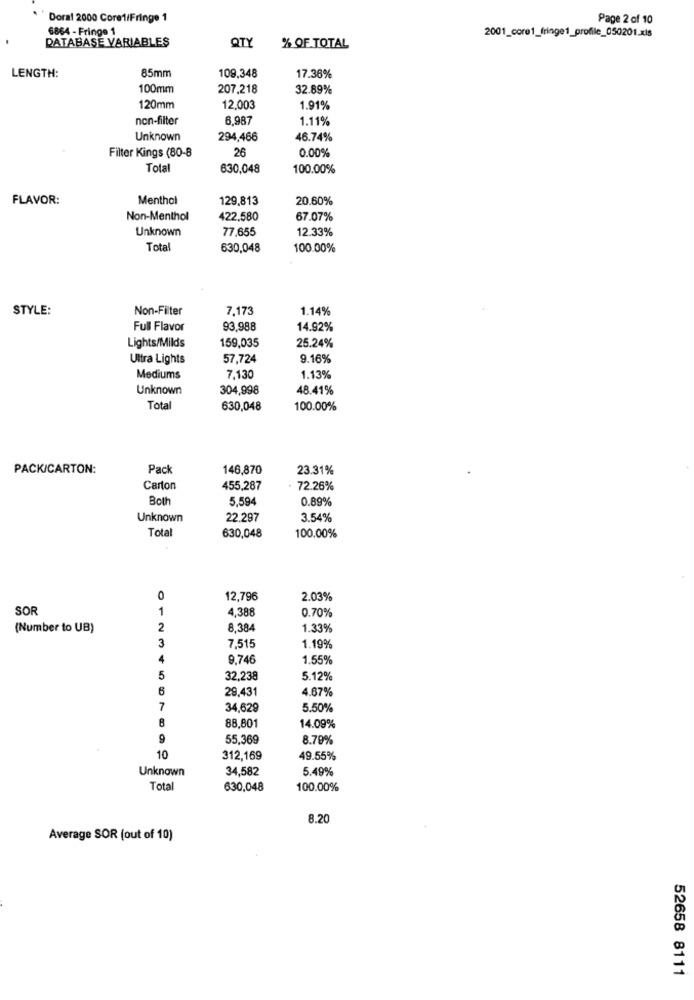
Doral 2000 Core1/Fringe 1
Page 2 of 10
6864 - Fringe 1
DATABASE VARIABLES
2001_core1_fringe1_profile_050201.xls
QTY
% OF TOTAL
LENGTH:
85mm
109,348
17.36%
100mm
207.218
32.89%
120mm
12,003
1.91%
non-filter
6,987
1.11%
Unknown
294,466
46.74%
0.00%
Filter Kings (80-8
26
Total
630,048
100.00%
FLAVOR:
Menthol
129,813
20.60%
Non-Menthol
422,580
67.07%
Unknown
77,655
12.33%
Total
630,048
100.00%
STYLE:
Non-Filter
7,173
1.14%
Full Flavor
93,988
14.92%
25.24%
Lights/Milds
159,035
Ultra Lights
57,724
9.16%
Mediums
7,130
1.13%
Unknown
304,998
48.41%
Tota
630,048
100.00%
PACK/CARTON:
Pack
146,870
23.31%
Carton
455,287
72.26%
Both
5.594
0.89%
Unknown
22.297
3.54%
Tota
630,048
100.00%
0
12,796
2.03%
SOR
1
4,388
0.70%
(Number to UB)
2
8,384
1.33%
3
7.515
1.19%
9,746
1.55%
5
32,238
5.12%
6
29,431
4.67%
7
34,629
5.50%
8
88,801
14.09%
9
55,369
8.70%
10
312,169
49.55%
Unknown
34,582
5.49%
Total
630,048
100.00%
8.20
Average SOR (out of 10)
52658 8111